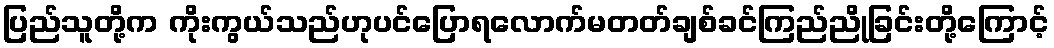
ပြည်သူတို့က ကိုးကွယ်သည်ဟုပင်ပြောရလောက်မတတ်ချစ်ခင်ကြည်ညိုခြင်းတို့ကြောင့်